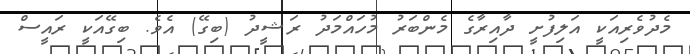
މެދުވެރިއަކީ އަލިފުށީ ދާއިރާގެ މެންބަރު މުހައްމަދު ރަޝީދު (ބިގޭ) އެވެ. ބިގޭއަކީ ރައީސް